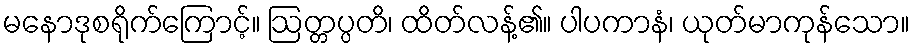
မနောဒုစရိုက်ကြောင့်။ ဩတ္တပ္ပတိ၊ ထိတ်လန့်၏။ ပါပကာနံ၊ ယုတ်မာကုန်သော။